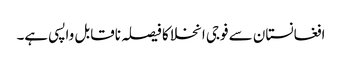
افغانستان سے فوجی انخلا کا فیصلہ ناقابل واپسی ہے۔